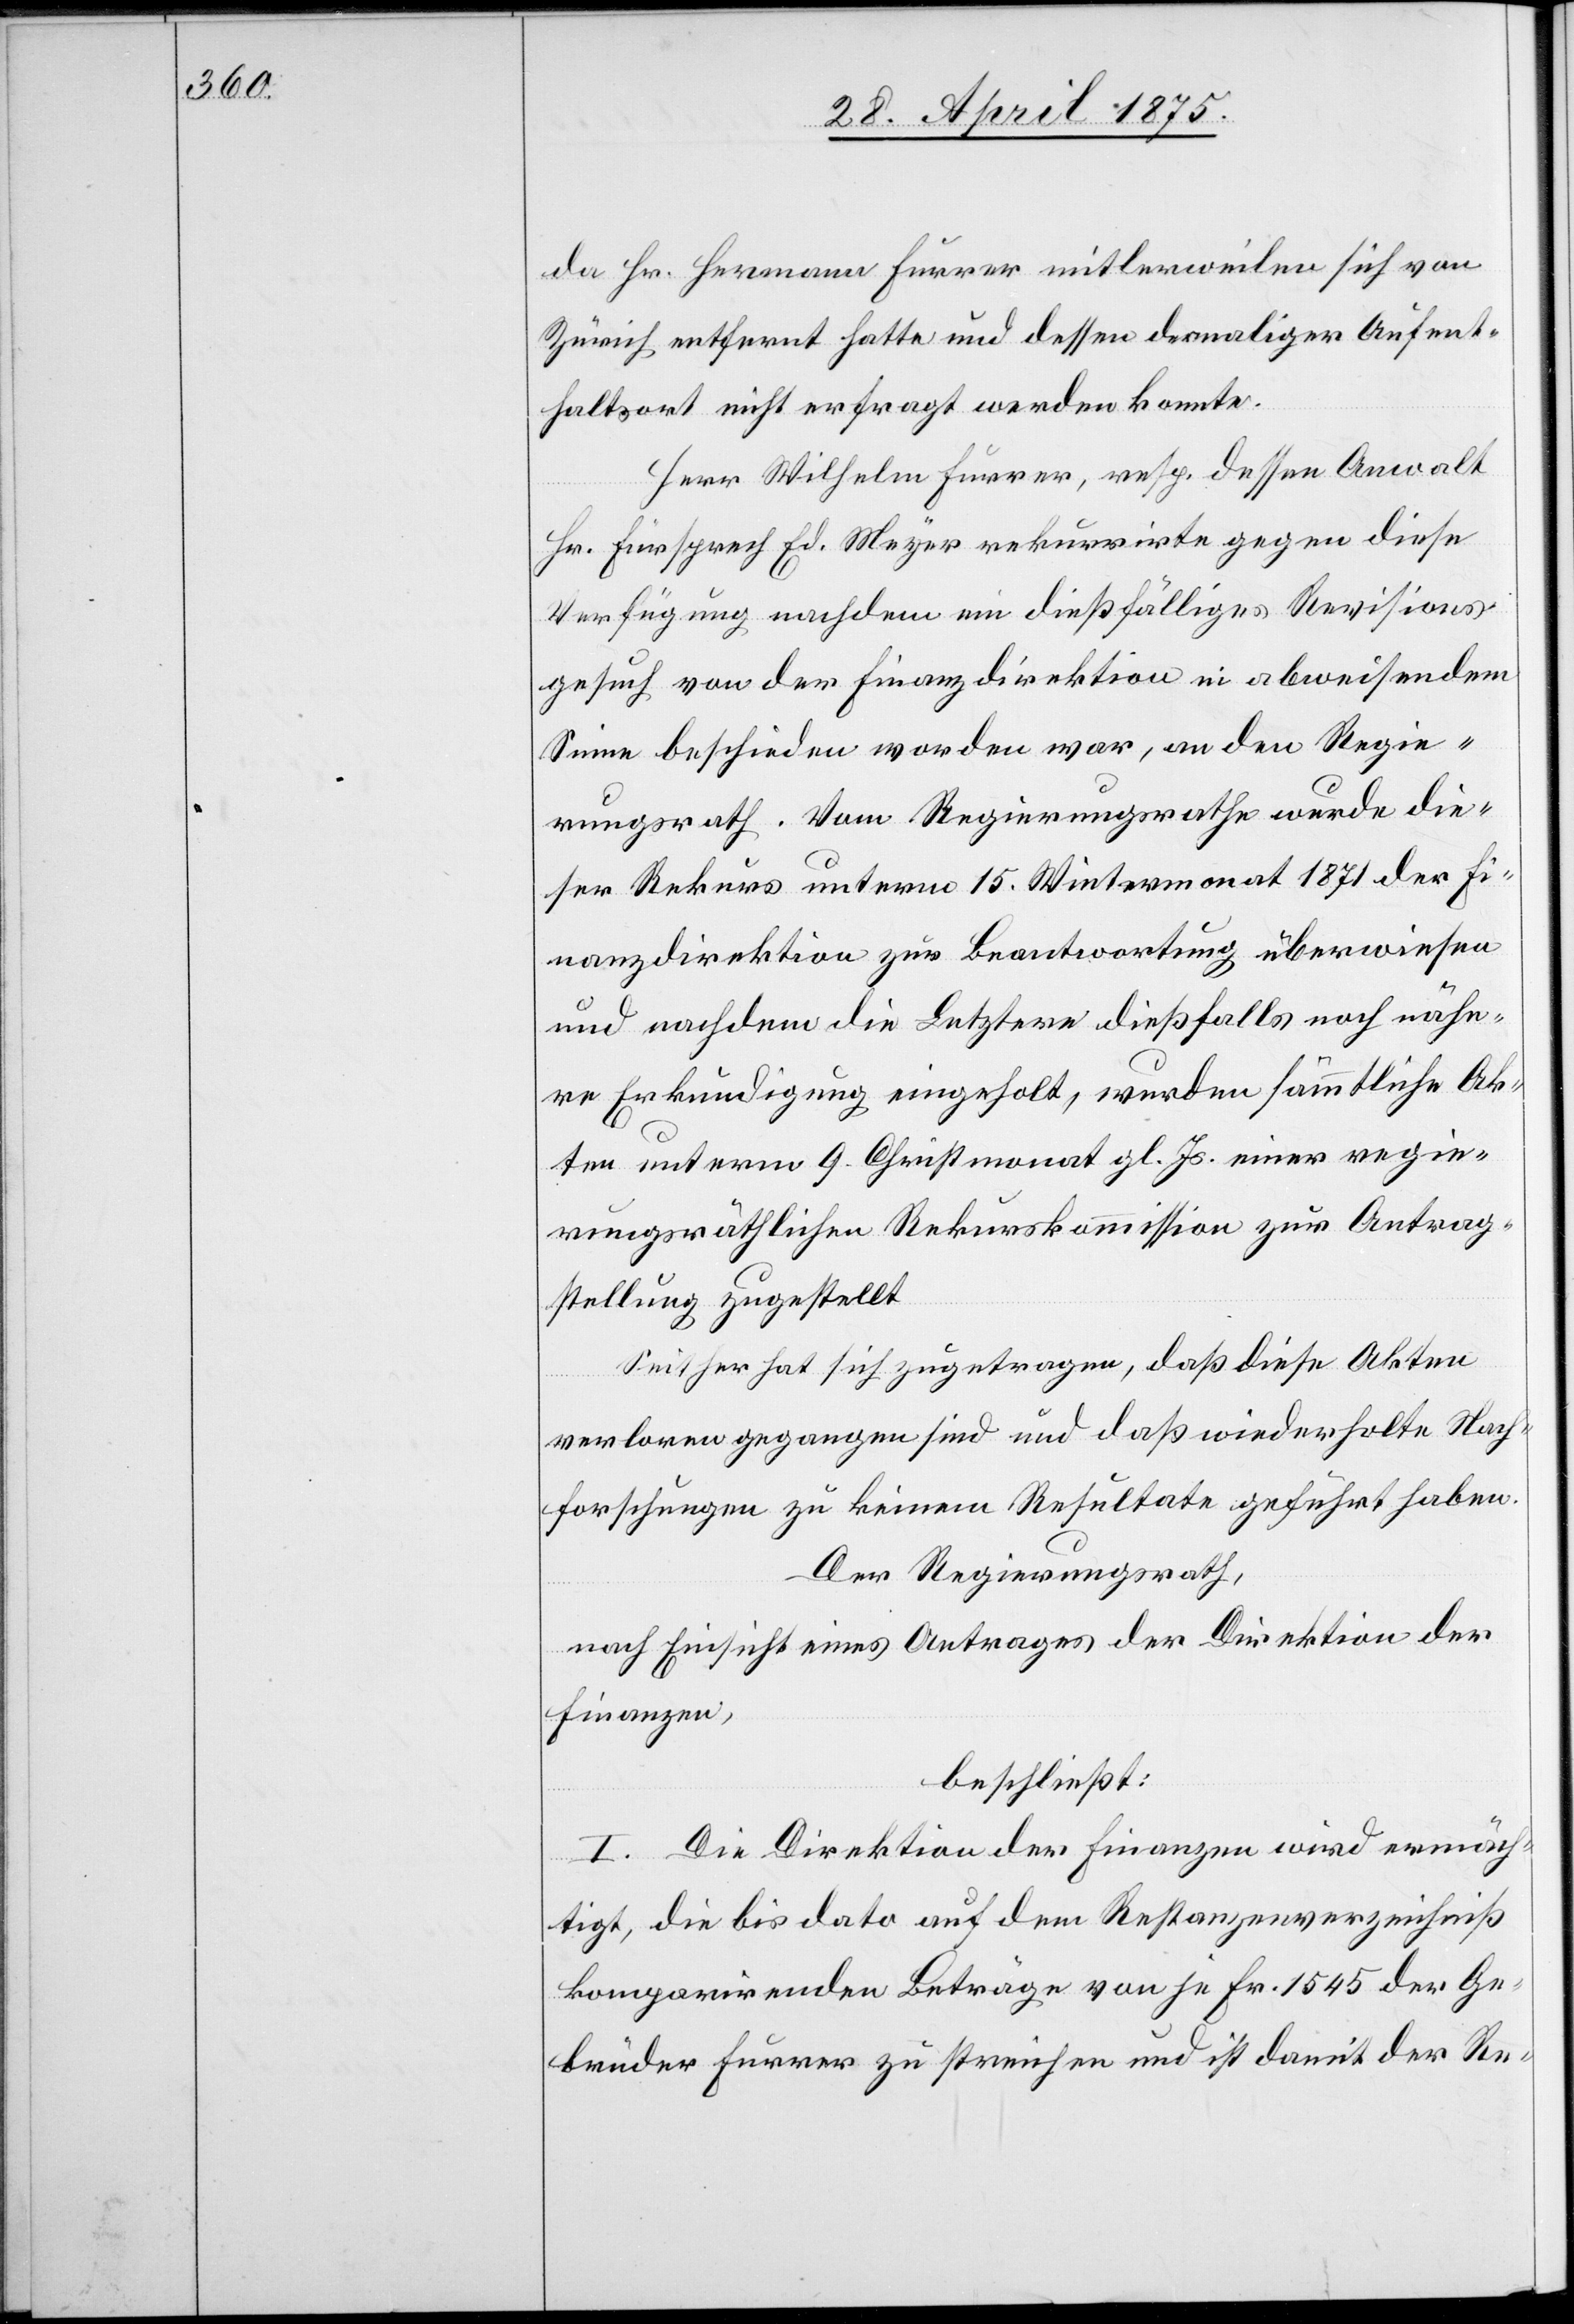
da Hr. Hermann Furrer mitlerweilen sich von
Zürich entfernt hatte und dessen damaligen Aufent¬
haltsort nicht erfragt werden konnte.
Herr Wilhelm Furrer, resp. dessen Anwalt
Hr. Fürsprech Ed. Meyer rekurrirte gegen diese
Verfügung nachdem ein dießfälliges Revisions¬
gesuch von der Finanzdirektion in abweisendem
Sinne beschieden worden war, an den Regie¬
rungsrath. Vom Regierungsrath wurde die¬
ser Rekurs unterm 15. Wintermonat 1871 der Fi¬
nanzdirektion zur Beantwortung überwiesen
und nachdem die Letztere dießfalls noch nähe¬
r Erkundigung eingeholt, wurden sämmtliche Ak¬
ten unterm 9. Christmonat gl. Js. einer regie¬
rungsräthlichen Rekurskommission zur Antrag¬
stellung zugestellt.
Seither hat sich zugetragen, daß diese Akten
verloren gegangen sind und daß wiederholte Nach¬
forschungen zu keinem Resultate geführt haben.
Der Regierungsrath,
nach Einsicht eines Antrages der Direktion des
Finanzen,
beschließt:
I. Die Direktion des Finanzen wird ermäch¬
tigt, die bis dato auf dem Restanzenverzeichniß
komparirenden Beträge von je Fr. 1545 der Ge¬
brüder Furrer zu streichen und ist damit der Re-